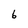
Character: 6